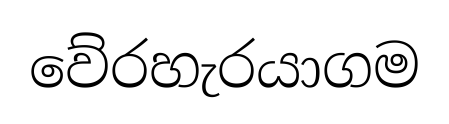
වේරහැරයාගම